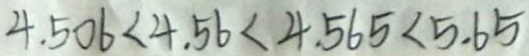
4 . 5 0 6 < 4 . 5 6 < 4 . 5 6 5 < 5 . 6 5